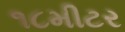
૧૮મીટર